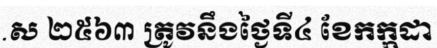
.ស ២៥៦៣ ត្រូវនឹងថ្ងៃទី៤ ខែកក្កដា